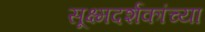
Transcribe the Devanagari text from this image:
सूक्ष्मदर्शकांच्या